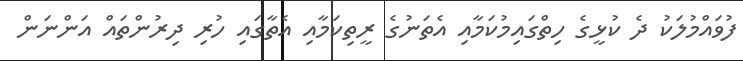
ފުވައްމުލަކު ދެ ކުޅީގެ ހިތްގައިމުކަމާއި އެތަނުގެ ރީތިކަމާއި އެތާގައި ހުރި ދިރުންތައް އަންނަން